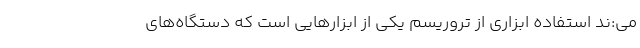
می‌:ند استفاده ابزاری از تروریسم یکی از ابزارهایی است که دستگاه‌های